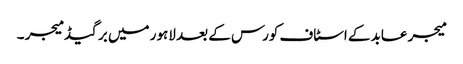
میجر عابد کے اسٹاف کورس کے بعد لاہور میں برگیڈ میجر ۔